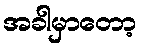
အခါမှာတော့